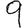
Digit: 9